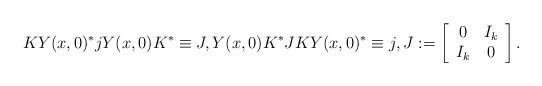
LaTeX: \begin{align*} K Y(x,0)^* j Y(x,0) K^*\equiv J, Y(x,0) K^* J K Y(x,0)^* \equiv j, J:=\left[\begin{array}{cc}0& I_k \\ I_k & 0\end{array}\right].\end{align*}